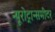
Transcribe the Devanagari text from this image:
न्यूरोट्रान्समीटर